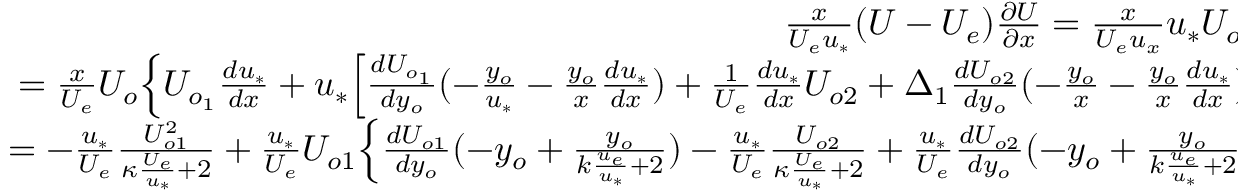
\begin{array} { r } { \frac { x } { U _ { e } u _ { * } } ( U - U _ { e } ) \frac { \partial U } { \partial x } = \frac { x } { U _ { e } u _ { x } } u _ { * } U _ { o } \frac { \partial U } { \partial x } } \\ { = \frac { x } { U _ { e } } U _ { o } \Big \{ U _ { o _ { 1 } } \frac { d u _ { * } } { d x } + u _ { * } \Big [ \frac { d U _ { o _ { 1 } } } { d y _ { o } } ( - \frac { y _ { o } } { u _ { * } } - \frac { y _ { o } } { x } \frac { d u _ { * } } { d x } ) + \frac { 1 } { U _ { e } } \frac { d u _ { * } } { d x } U _ { o 2 } + \Delta _ { 1 } \frac { d U _ { o 2 } } { d y _ { o } } ( - \frac { y _ { o } } { x } - \frac { y _ { o } } { x } \frac { d u _ { * } } { d x } ) \Big ] \Big \} } \\ { = - \frac { u _ { * } } { U _ { e } } \frac { U _ { o 1 } ^ { 2 } } { \kappa \frac { U _ { e } } { u _ { * } } + 2 } + \frac { u _ { * } } { U _ { e } } U _ { o 1 } \Big \{ \frac { d U _ { o 1 } } { d y _ { o } } ( - y _ { o } + \frac { y _ { o } } { k \frac { u _ { e } } { u _ { * } } + 2 } ) - \frac { u _ { * } } { U _ { e } } \frac { U _ { o 2 } } { \kappa \frac { U _ { e } } { u _ { * } } + 2 } + \frac { u _ { * } } { U _ { e } } \frac { d U _ { o 2 } } { d y _ { o } } ( - y _ { o } + \frac { y _ { o } } { k \frac { u _ { e } } { u _ { * } } + 2 } ) \Big \} . } \end{array}